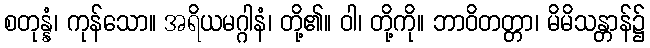
စတုန္နံ၊ ကုန်သော။ အရိယမဂ္ဂါနံ၊ တို့၏။ ဝါ၊ တို့ကို။ ဘာဝိတတ္တာ၊ မိမိသန္တာန်၌